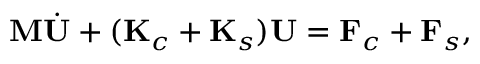
\begin{array} { r } { \mathbf M \dot { \mathbf U } + ( \mathbf K _ { c } + \mathbf K _ { s } ) \mathbf U = \mathbf F _ { c } + \mathbf F _ { s } , } \end{array}